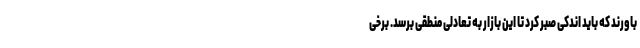
باورند که باید اندکی صبر کرد تا این بازار به تعادلی منطقی برسد. برخی